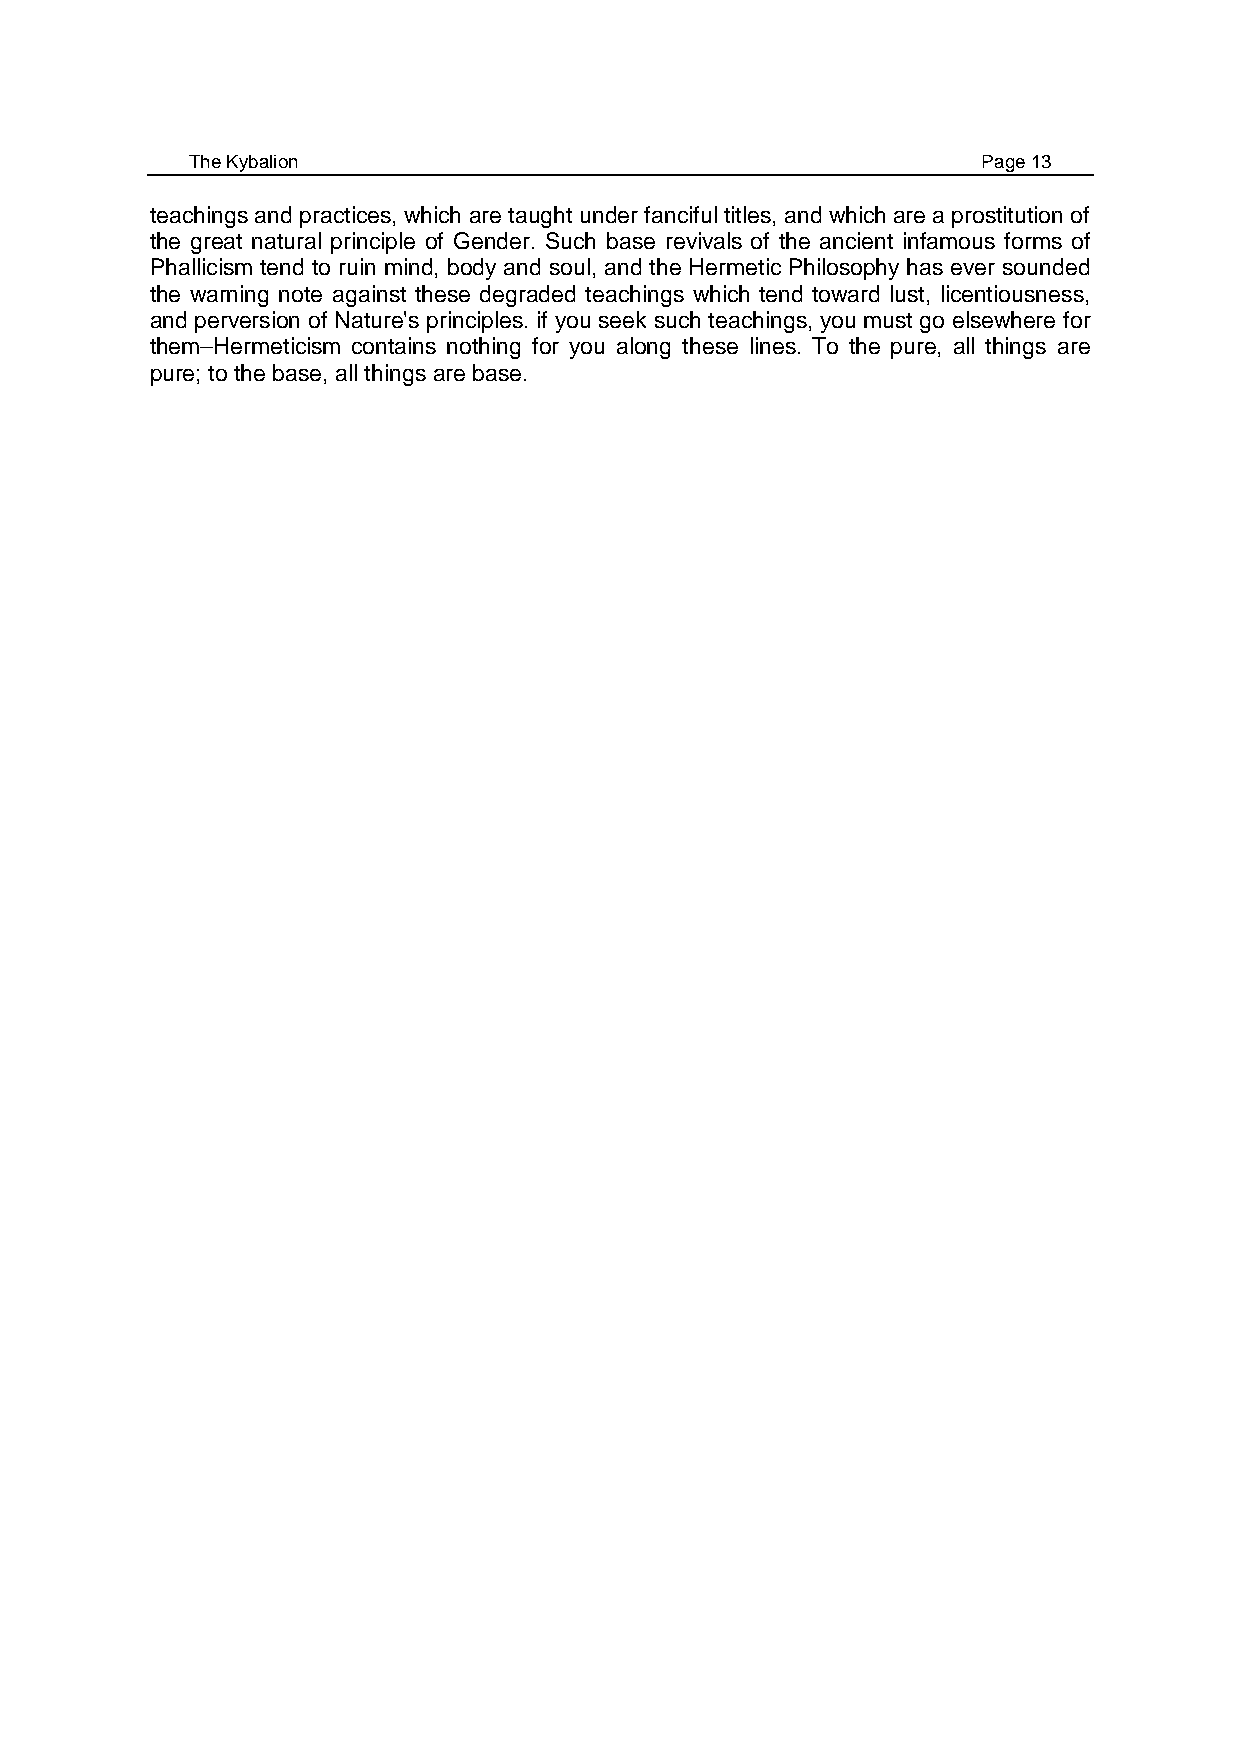
The Kybalion                                        Page 13
 teachings and practices, which are taught under fanciful titles, and which are a prostitution of
 the great natural principle of Gender. Such base revivals of the ancient infamous forms of
 Phallicism tend to ruin mind, body and soul, and the Hermetic Philosophy has ever sounded
 the warning note against these degraded teachings which tend toward lust, licentiousness,
 and perversion of Nature's principles. if you seek such teachings, you must go elsewhere for
 them–Hermeticism contains nothing for you along these lines. To the pure, all things are
 pure; to the base, all things are base.